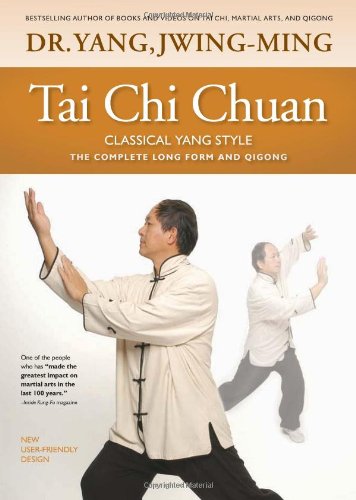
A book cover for Tai Chi Chuan Classical Yang Style: the Complete Form and Qigong; Yang Jwing-Ming; Health, Fitness & Dieting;